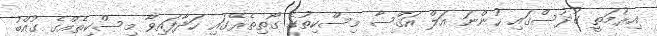
އިރުމަތީ ގުދުސްގައި ހުންނަ އަލް އަޤްސާ މިސްކިތުގެ ގޯތިތެރޭގައި ހަދާފައިވާ މިސްކިތެއްގެ ގުއްބު